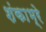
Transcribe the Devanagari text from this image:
शंकाभ्रे